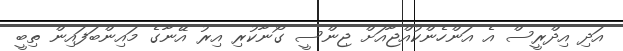
އަދި އިދްރީސް އެ އަންހެންކުއްޖާއަށް ޖިންސީ ގޯނާކުރި އިރު އޭނާގެ މައިންބަފައިން ތިބީ